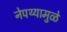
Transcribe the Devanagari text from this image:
नेपथ्यामुळे